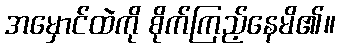
အမှောင်ထဲကို စိုက်ကြည့်နေမိ၏။